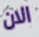
الان